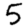
Digit: 5